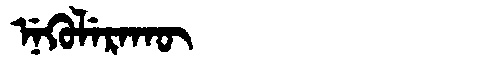
Manchu: ᠨᡝᡴᡠᠯᡝᡵᠠᡴᡡ
Romanization: NEKULERAKŪ